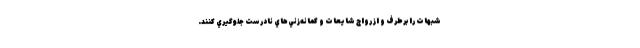
شبهات را برطرف و از رواج شايعات و گمانه‌زني‌هاي نادرست جلوگيري كنند.